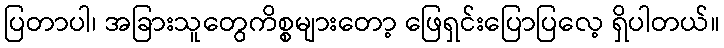
ပြတာပါ၊ အခြားသူတွေကိစ္စများတော့ ဖြေရှင်းပြောပြလေ့ ရှိပါတယ်။